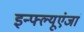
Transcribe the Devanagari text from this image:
इन्फ्ल्यूएंजां